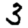
Digit: 3